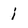
Character: i